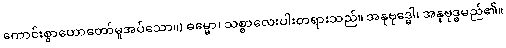
ကောင်းစွာဟောတော်မူအပ်သော။) ဓမ္မော၊ သစ္စာလေးပါးတရားသည်။ အနုဗုဒ္ဓေါ၊ အနုဗုဒ္ဓမည်၏။